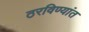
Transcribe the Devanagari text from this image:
ठरविण्यांत